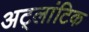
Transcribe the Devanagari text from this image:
अट्लांटिक